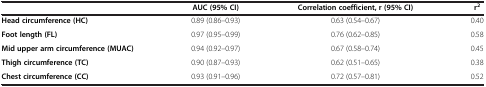
<table><thead><tr><td><b> </b></td><td><b>AUC (95% CI)</b></td><td><b>Correlation coefficient, r (95% CI)</b></td><td><b>r<sup>2</sup></b></td></tr></thead><tbody><tr><td><b>Head circumference (HC)</b></td><td>0.89 (0.86–0.93)</td><td>0.63 (0.54–0.67)</td><td>0.40</td></tr><tr><td><b>Foot length (FL)</b></td><td>0.97 (0.95–0.99)</td><td>0.76 (0.62–0.85)</td><td>0.58</td></tr><tr><td><b>Mid upper arm circumference (MUAC)</b></td><td>0.94 (0.92–0.97)</td><td>0.67 (0.58–0.74)</td><td>0.45</td></tr><tr><td><b>Thigh circumference (TC)</b></td><td>0.90 (0.87–0.93)</td><td>0.62 (0.51–0.65)</td><td>0.38</td></tr><tr><td><b>Chest circumference (CC)</b></td><td>0.93 (0.91–0.96)</td><td>0.72 (0.57–0.81)</td><td>0.52</td></tr></tbody></table>